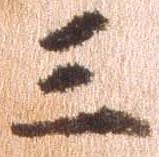
三